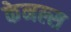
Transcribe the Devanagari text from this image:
केनल्स